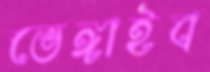
ভেঙ্গাইব